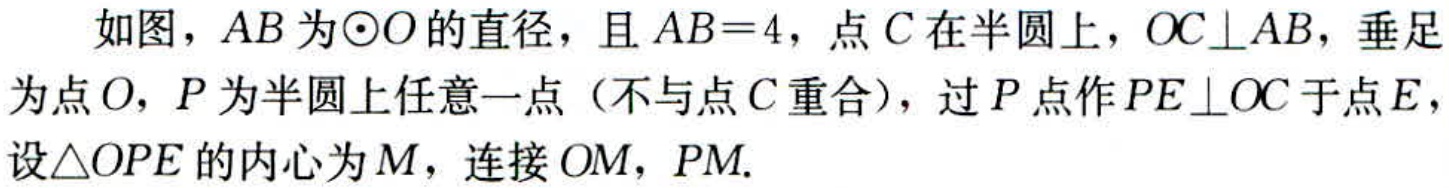
如图，\(AB\)为\(\odot O\)的直径，且\(AB = 4\)，点\(C\)在半圆上，\(OC\perp AB\)，垂足为点\(O\)，\(P\)为半圆上任意一点（不与点\(C\)重合），过\(P\)点作\(PE\perp OC\)于点\(E\)，设\(\triangle OPE\)的内心为\(M\)，连接\(OM\)，\(PM\).